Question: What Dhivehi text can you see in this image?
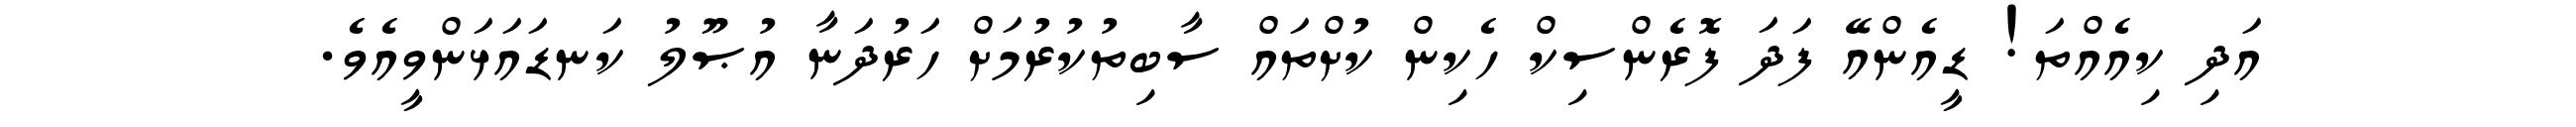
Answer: އަދި ކިއެއްތަ! ޑީއެންއޭ ފަދަ ފޮރެންސިކް ހެކިން ކުށްތައް ސާބިތުކުރުމަށް ހަރުދަނާ އުޞޫލު ކަނޑައަޅަންވީއެވެ.